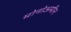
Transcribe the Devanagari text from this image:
मोनोअमीन